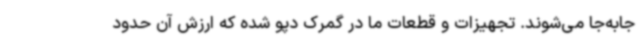
جابه‌جا می‌شوند. تجهیزات و قطعات ما در گمرک دپو شده که ارزش آن حدود